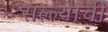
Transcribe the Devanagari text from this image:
सल्ल्याची